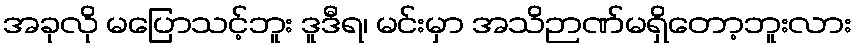
အခုလို မပြောသင့်ဘူး ဒူဒီရ၊ မင်းမှာ အသိဉာဏ်မရှိတော့ဘူးလား